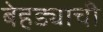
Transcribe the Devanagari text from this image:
बेहड्याची